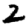
Digit: 2